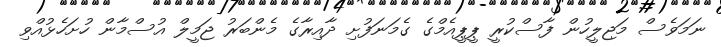
ނަމަވެސް މަޖިލީހުން ފާސްކުރީ ޕީޕީއެމްގެ ގެމަނަފުށި ދާއިރާގެ މެންބަރު ޖަމީލް އުސްމާން ހުށަހެޅުއްވި